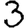
Digit: 3